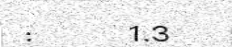
:      1.3